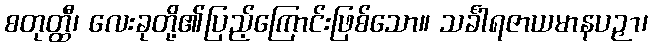
စတုတ္ထီ၊ လေးခုတို့၏ပြည့်ကြောင်းဖြစ်သော။ သင်္ခါရဇာယမာနပဉှာ၊